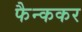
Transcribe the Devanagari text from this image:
फैन्ककर